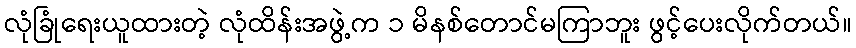
လုံခြုံရေးယူထားတဲ့ လုံထိန်းအဖွဲ့က ၁ မိနစ်တောင်မကြာဘူး ဖွင့်ပေးလိုက်တယ်။